Vana-Antsla_vallavalitsus, lk 68
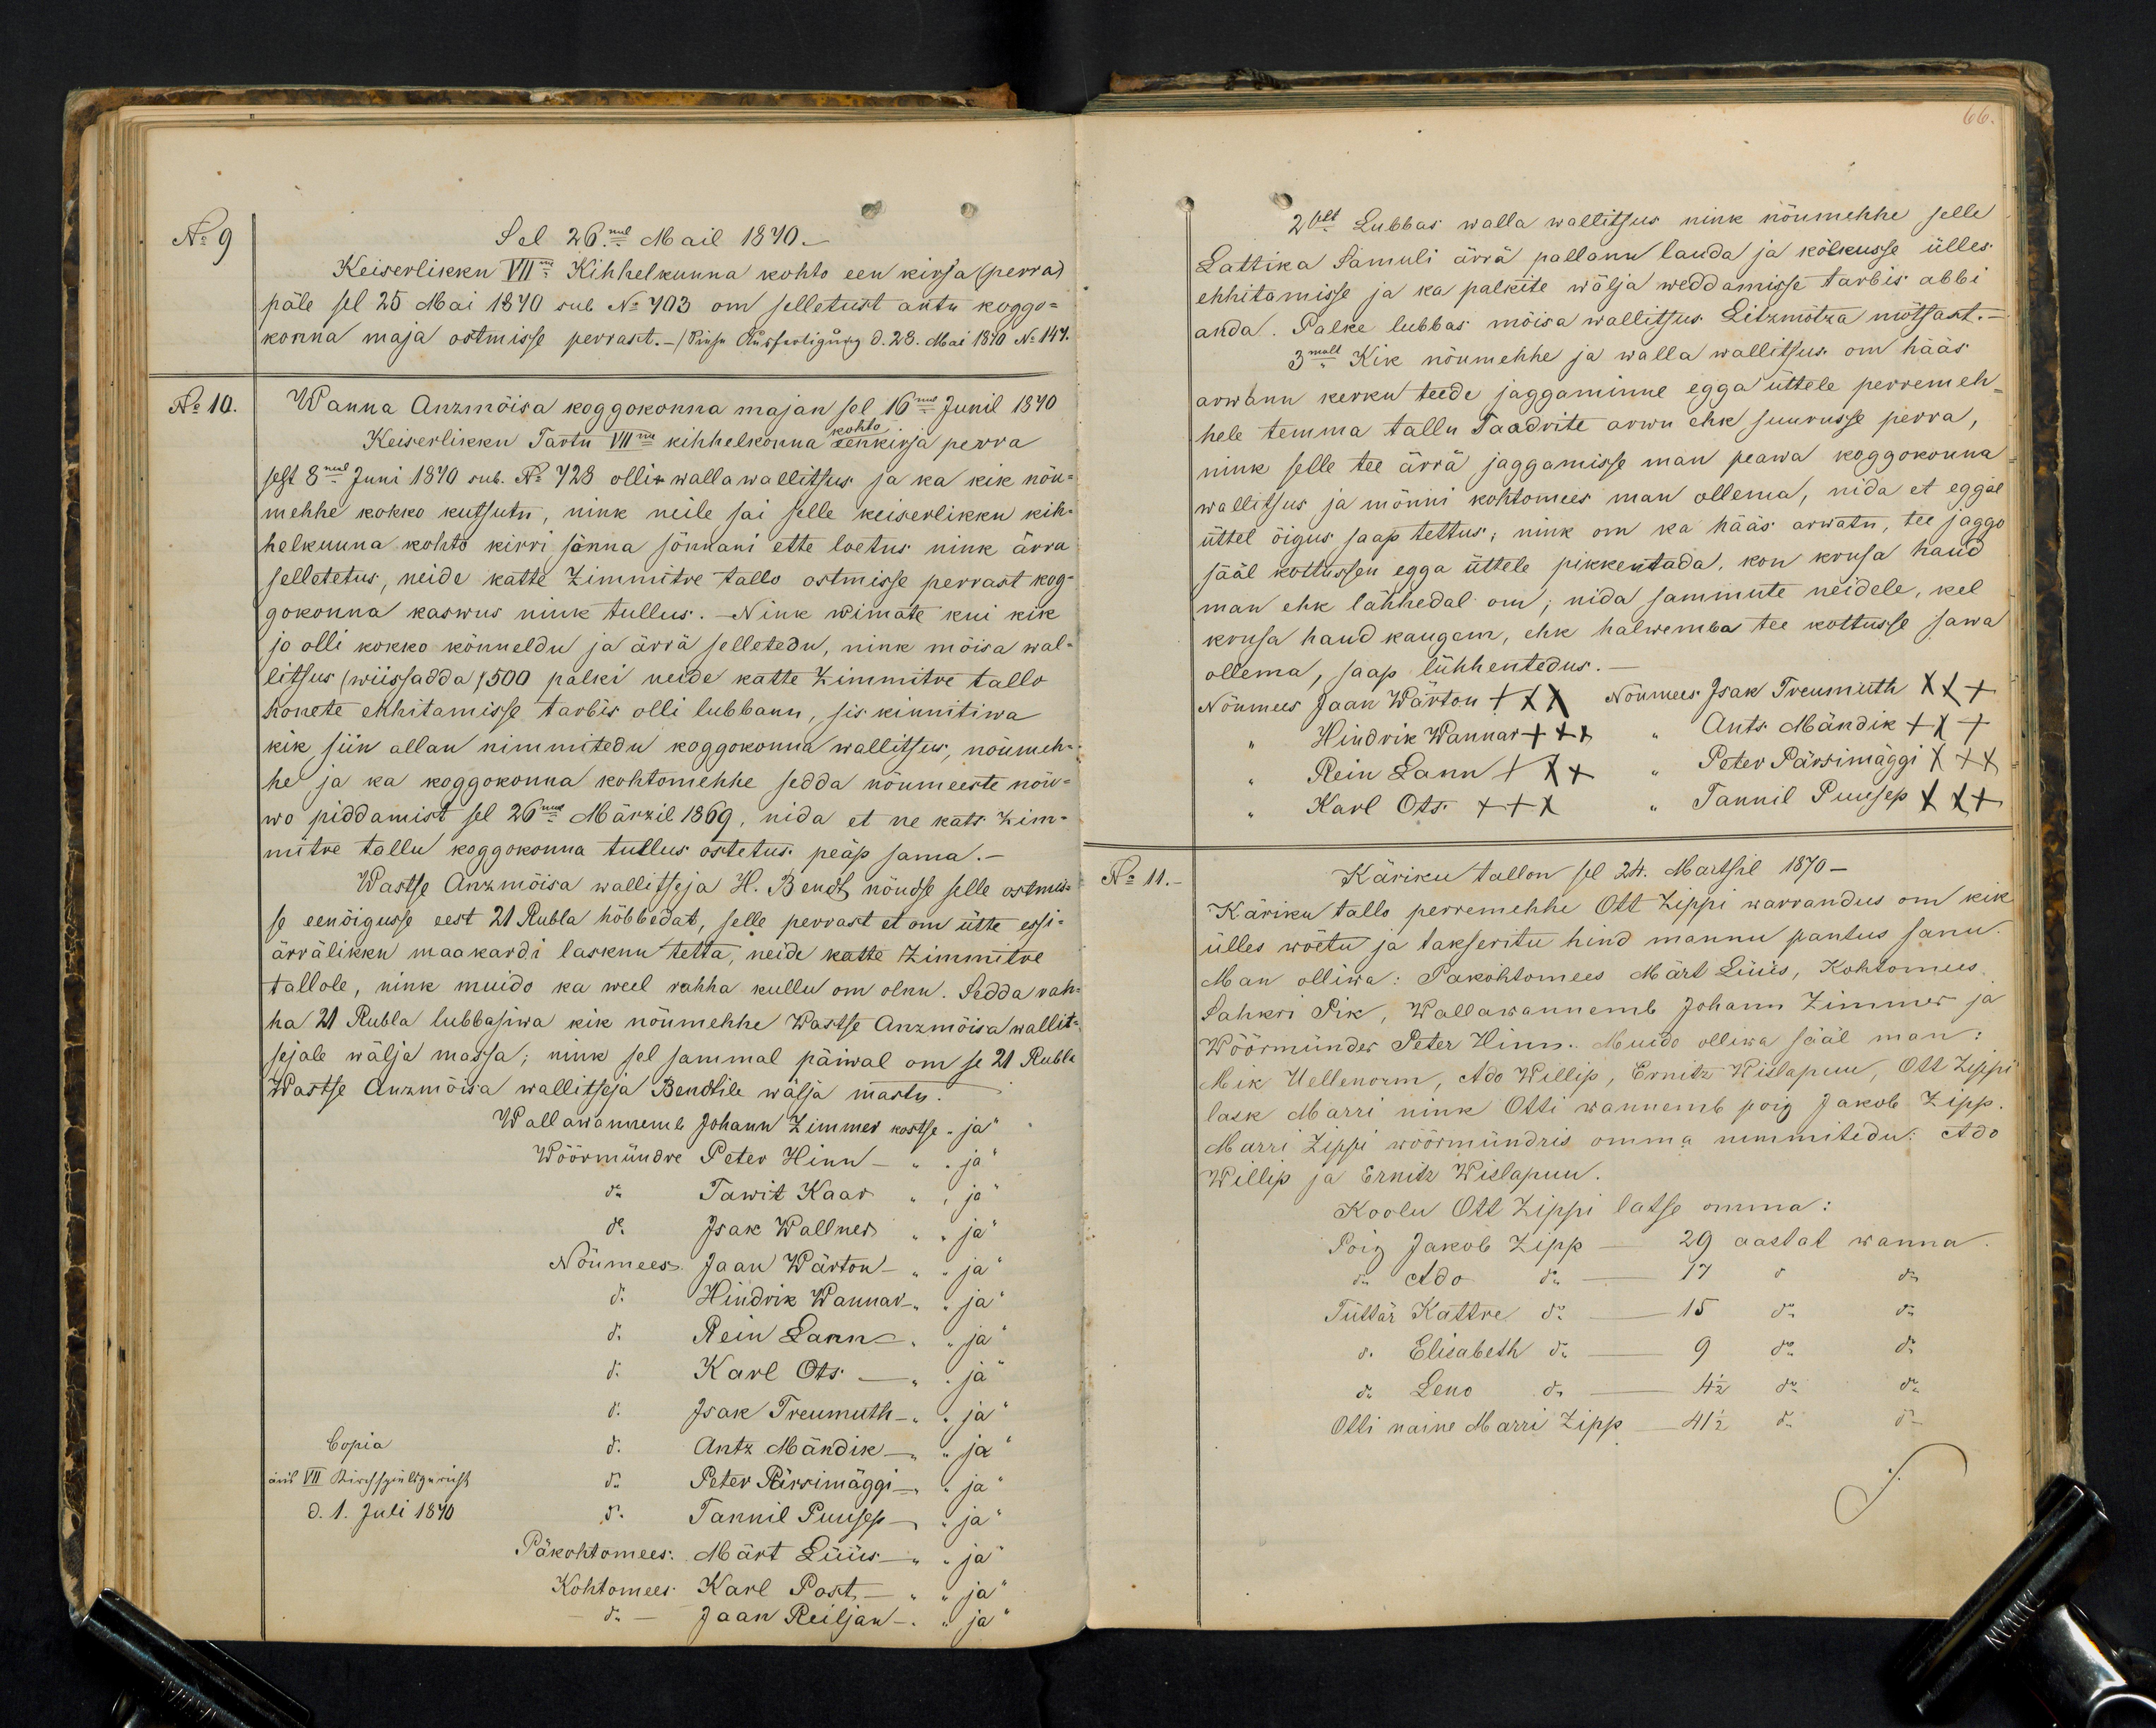
No 9
Sel 26mal Mail 1870.
Keiserlikku VIIma Kihhelkunna kohto een kirja (perra)
päle sel 25 Mai 1970 sub No 703 om selletust antu koggo-
konna maja ostmisse perrast.- /Küsu Kursooliguks d. 28. Mai 1870 No 147.
No 10.
Wanna Anzmõisa koggokonna majan sel 16mal Junil 1870
Keiserlikku Tartu VIIma kihhelkonna kohto eenkirja perra
sest 8mal Juni 1870 sub. N:728 olli walla wallitsus ja ka kik nõu-
mehhe kokko kutsutu, nink neile sai selle keiserlikku kih-
helkunna kohto kirri sönna sönnani ette loetus nink ärra
selletetus, neide kätte Zimmitre tallo ostmisse perrast kog
gokonna kaswus nink tullus. - Nink wimate kui kik
jo olli kokko kõnneldu ja ärra selletedu, nink mõisa wal-
litsus (wiissadda, 500 palki neide kätte Zimmitre tallo
honete ehhitamisse tarbis olli lubbanu, sis kinnitiwa
kik siin allan nimmitedu koggokonna wallitsus, nõumeh-
he ja ka koggokonna kohtomehhe sedda nõumeeste nõu-
wo piddamist sel 26mal Märzil 1869, nida et ne kats Zim-
mitre tallu koggokonna tullus ostetus peäp sama.-
Wastse Anzmõisa wallitseja H. Berndt nõudse selle ostmis-
se eenöigusse eest 21 Rubla hõbbedat, selle perrast et om ütte essi-
ärrälikku maakardi lasknu tetta, neide katte Zimmitre
tallole, nink muido ka weel rahha kullu om olnu. Sedda rah-
ha 21 Rubla lubbasiwa kik nõumehhe Wastse Anzmõisa wallit-
sejale wälja massa; nink sel sammal päiwal om se 21 Rubla
Wastse Anzmõisa wallitseja Bendtile wälja mastu.
Wallawanemb Johann Zimmer kostse  "ja"
Wöörmündre Peter Hinn - "ja"
do Tawit Kaar "ja"
do Isak Wallner, "ja"
Nõumees Jaan Wärton - "ja"
do Hindrik Wannar - "ja"
do Rein Lann " ja"
do Karl Ots - "ja"
do Isak Treumuth - "ja"
do  Antz Mändik - " ja"
do Peter Pärsimäggi- "ja"
do Tannil Puujep - "ja"
Päkohtomees: Märt Lüüs "ja"
Kohtomees Karl Post - "ja"
do - Jaan Reiljan - "ja"

20selt. Lubbas walla walitsus nink nõumehhe selle
Lattika Samuli ärra pallanu lauda ja kõlkusse ülles
ehhitamisse ja ka palkite wälja weddamisse tarbis abbi
anda. Palke lubbas mõisa wallitsus. Litzmõtza mõtsast.
3mall Kik nõumehhe ja walla wallitsus om hääs
arwann kerku teede jaggaminne egga üttele perremeh-
hele temma tallu Taadrite arwu ehk suurusse perra,
nink selle tee ärrä jaggamisse man peawa koggokonna
wallitsus ja mõnni kohtomees man ollema, nida et eggal
üttel õigus saap tehtus; nink on ka hääs arwatu, tee jaggo
sääl kottussen egga üttele pikkentada, kon krusa haud
man ehk lähhedal om; nida sammute neidele, kel
krusa haud kaugem, ehk halwemba tee kottusse sawa
ollema, saap lühhentetus.
Nõumees Jaan Wärton XXX Nõumees Isak Treumuth XXX
Hindrik Wannar +++ Ants. Mändik +++
Karl Ots XXX " Tannil Puusep XXX
Rein Lann XXX " Peter Pärrimaggi XXX
No 11.
Käriku tallon sel 21. Martsil 1870.
Käriku tallo perremehhe Ott Zippi warrandus om kik
ülles wõetu ja takseritu hind mannu pantus sanu.
Man olliwa: Pakohtomees Märt Lüüs, Kohtomees
Sahkri Pik, Wallawannemb Johann Zimmer ja
Wöörmünder Peter Hinn. Muido olliwa sääl man:
Mik Hellenorm, Ado Willip, Ernitz Wislapuu, Ott Zippi
lask Marri nink Otti wannemb poig Jakob Zipp
Marri Zippi wöörmündris omma nimmitedu: Ado
Willip ja Ernits Wislapuu.
Koolu Ott Zippi latse omma:
Pois Jakob Zipp - 29 aastat wanna
do Ado do 17 " do
Tüttar Kattre do 15 do do
do Elisabeth do 9 do do
do Leno do 4 1/2 do do
Otti naine Marri Zipp - 41 1/2 do do